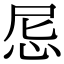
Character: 𢘒